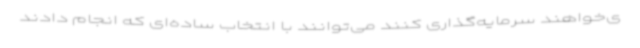
ی‌خواهند سرمایه‌گذاری کنند می‌توانند با انتخاب ساده‌ای که انجام دادند